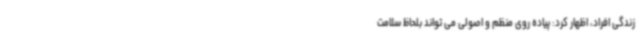
زندگی افراد، اظهار کرد: پیاده روی منظم و اصولی می تواند بلحاظ سلامت